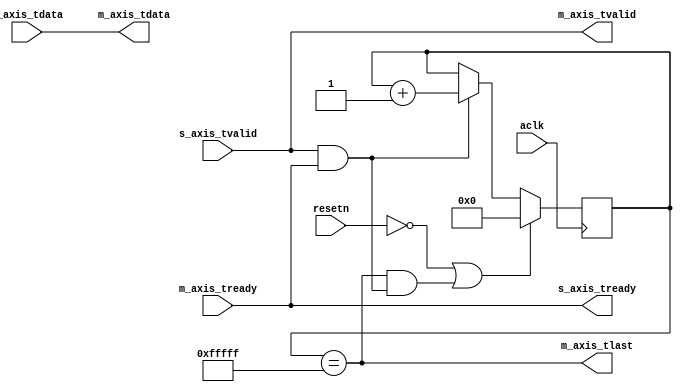
module tlast_gen_1
#(
    parameter TDATA_WIDTH    = 8,
    parameter PKT_LENGTH = 1024*1024
)
(
    input                            aclk,
    input                            resetn,
    input                            s_axis_tvalid,
    output                           s_axis_tready,
    input  [TDATA_WIDTH-1:0]         s_axis_tdata,
    output                           m_axis_tvalid,
    input                            m_axis_tready,
    output                           m_axis_tlast,
    output [TDATA_WIDTH-1:0]         m_axis_tdata
);
    wire                           new_sample;
    reg [$clog2(PKT_LENGTH):0] cnt = 0;
    assign s_axis_tready = m_axis_tready;
    assign m_axis_tvalid = s_axis_tvalid;
    assign m_axis_tdata  = s_axis_tdata;
    assign new_sample = s_axis_tvalid & s_axis_tready;
    always @ (posedge aclk) begin
        if (~resetn | (m_axis_tlast & new_sample))
            cnt <= 0;
        else
            if (new_sample)
                cnt <= cnt + 1'b1;
    end
    assign m_axis_tlast = (cnt == PKT_LENGTH-1);
endmodule